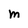
Character: M